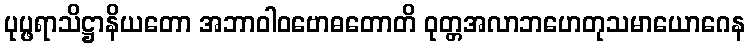
ပုပ္ဖရာသိဋ္ဌာနိယတော အဘာဝါဝဗောဓတောတိ ဝုတ္တအလာဘဟေတုသမာယောဂေန